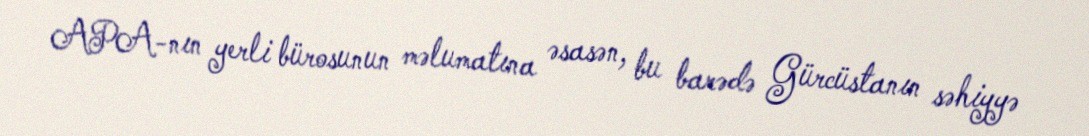
APA-nın yerli bürosunun məlumatına əsasən, bu barədə Gürcüstanın səhiyyə